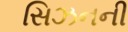
સિઝનની